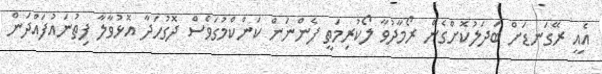
އެއީ ރޭގަނޑަށް ބަދަލުކޮށްގެން ރޯމާދުވާ ލޯކުރިމަތީ ފެންނަން ކަންކްމުގަވެސް ދޮގުހަދާ އޮޅުވާލާ ފިތުނައުފައްދަން